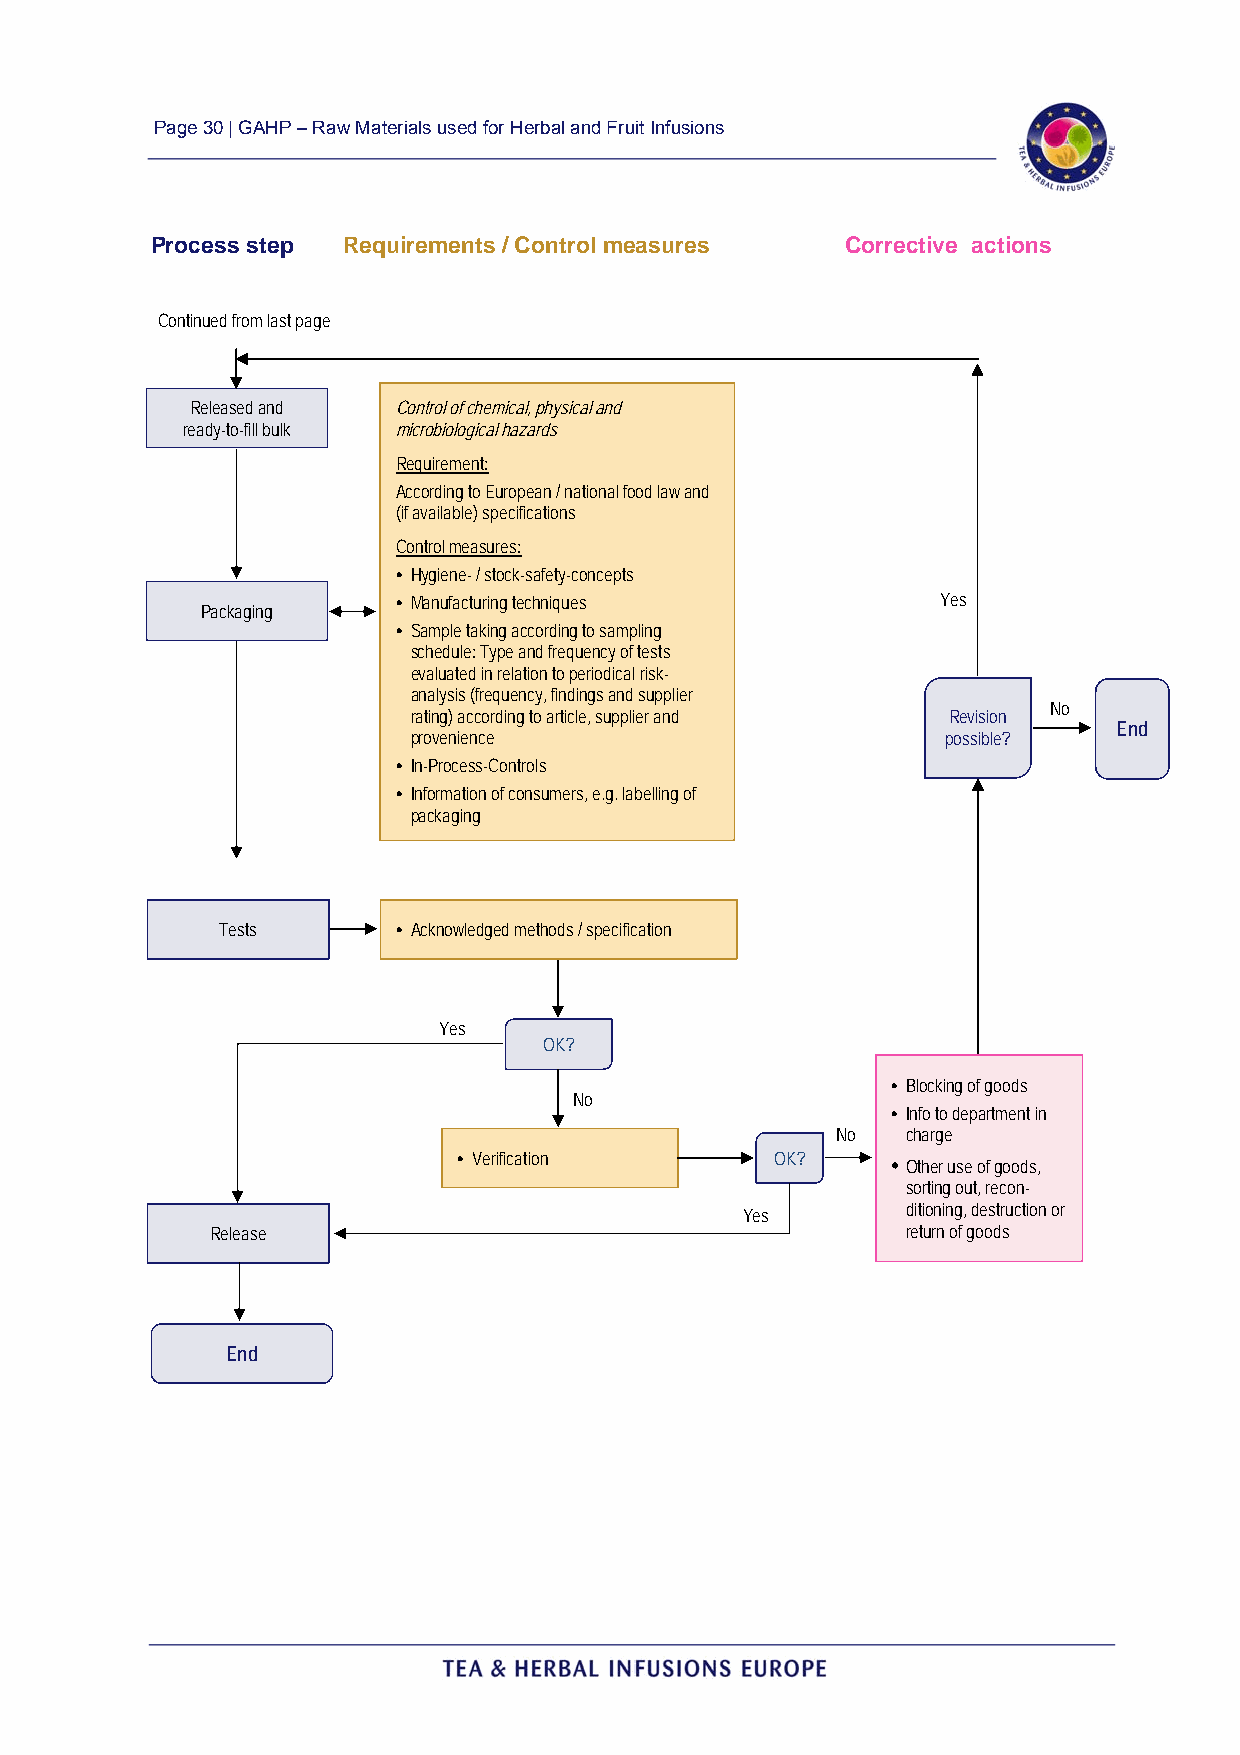
Page 30 | GAHP – Raw Materials used for Herbal and Fruit Infusions
 Process step Requirements / Control measures  Corrective actions
 Continued from last page
 Released and Control of chemical, physical and
 ready-to-fill bulk microbiological hazards
 Requirement:
 According to European / national food law and
 (if available) specifications
 Control measures:
 • Hygiene- / stock-safety-concepts
 Packaging
 • Manufacturing techniques          Yes
 • Sample taking according to sampling
 schedule: Type and frequency of tests
 evaluated in relation to periodical risk-
 analysis (frequency, findings and supplier
 No
 rating) according to article, supplier and Revision
 provenience                         possible?
 End
 • In-Process-Controls
 • Information of consumers, e.g. labelling of
 packaging
 Tests      • Acknowledged methods / specification
 Yes
 OK?
 • Blocking of goods
 No
 • Info to department in
 No   charge
 • Verification       OK?     • Other use of goods,
 sorting out, recon-
 ditioning, destruction or
 Yes
 Release                                       return of goods
 End